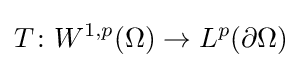
T\colon W^{1,p}(\Omega )\to L^{p}(\partial \Omega )